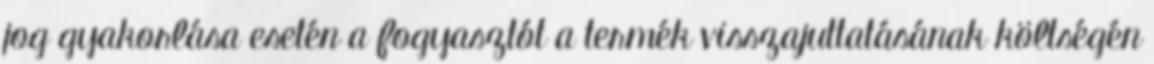
jog gyakorlása esetén a fogyasztót a termék visszajuttatásának költségén